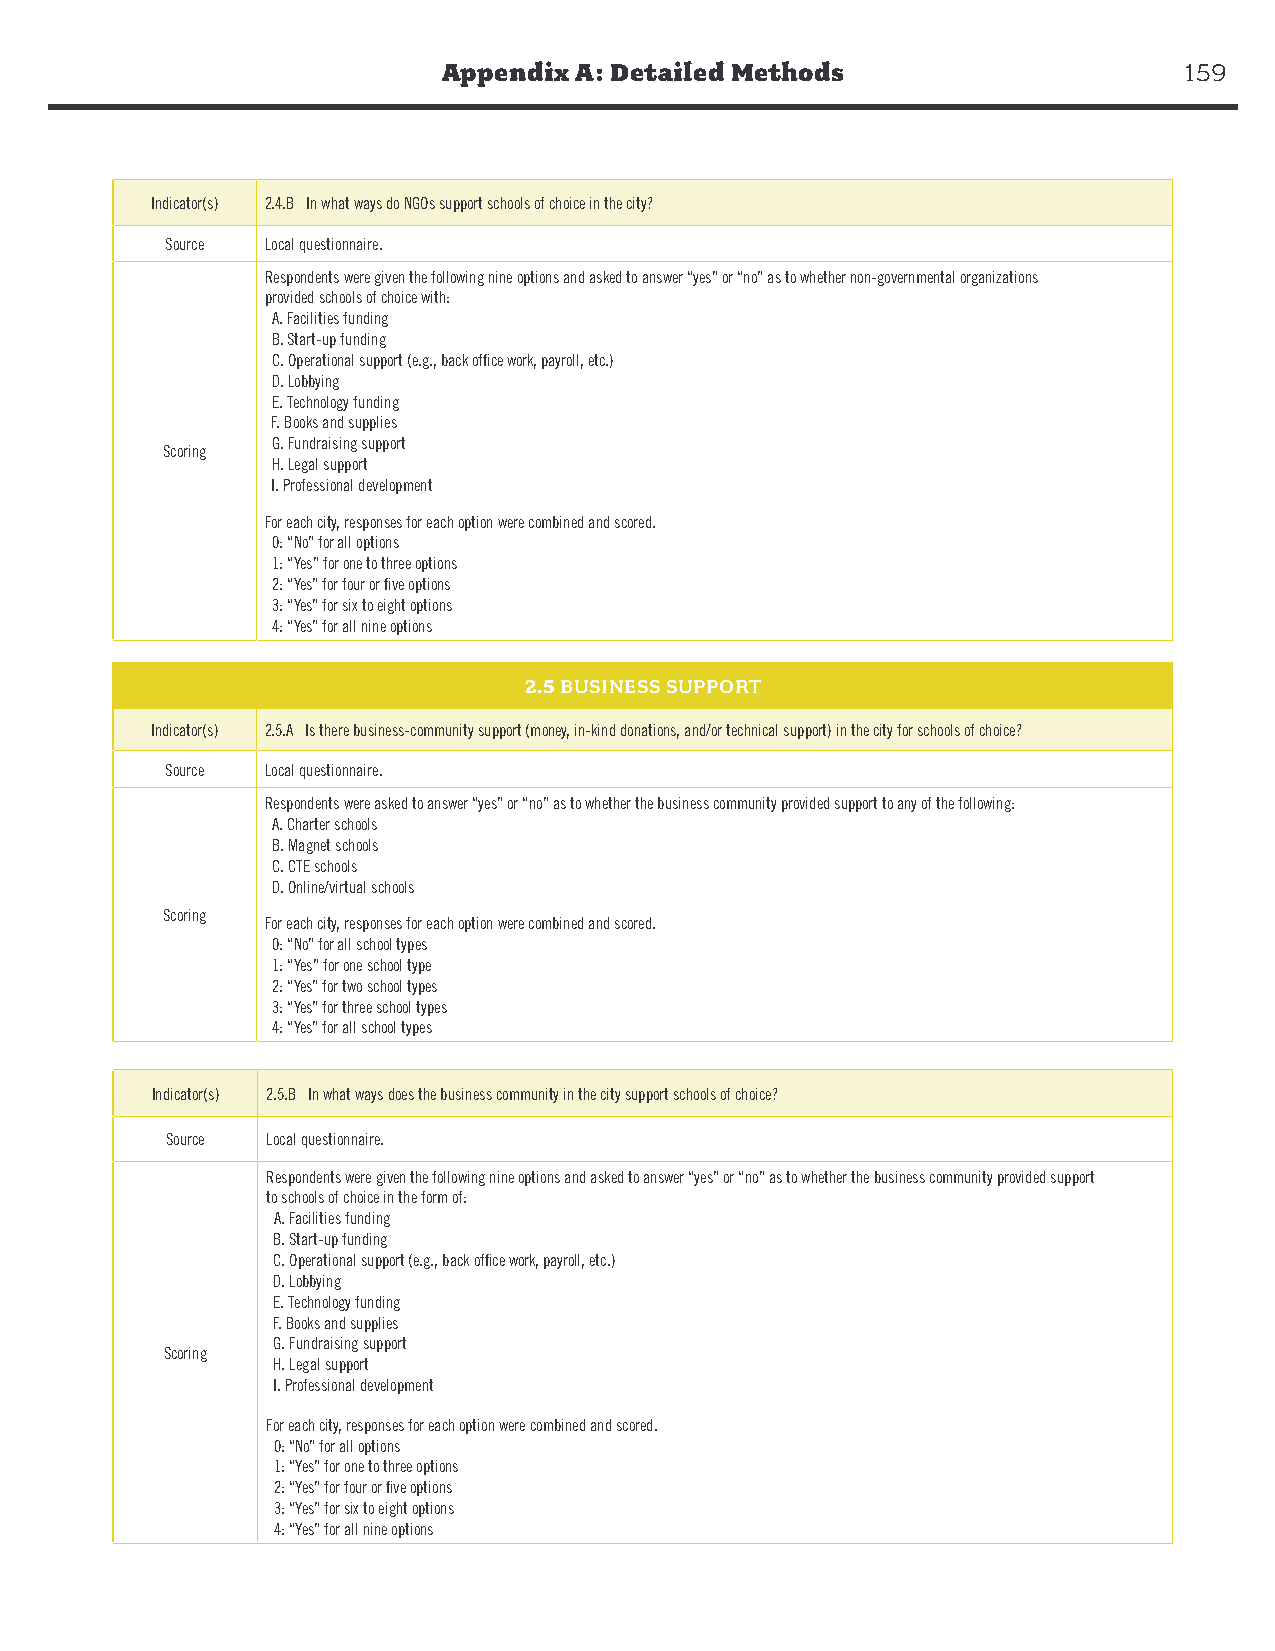
Appendix A: Detailed Methods                     159
 Indicator(s) 2.4.B In what ways do NGOs support schools of choice in the city?
 Source Local questionnaire.
 Respondents were given the following nine options and asked to answer “yes” or “no” as to whether non-governmental organizations
 provided schools of choice with:
 A. Facilities funding
 B. Start-up funding
 C. Operational support (e.g., back office work, payroll, etc.)
 D. Lobbying
 E. Technology funding
 F. Books and supplies
 G. Fundraising support
 Scoring
 H. Legal support
 I. Professional development
 For each city, responses for each option were combined and scored.
 0: “No” for all options
 1: “Yes” for one to three options
 2: “Yes” for four or five options
 3: “Yes” for six to eight options
 4: “Yes” for all nine options
 2.5 BUSINESS SUPPORT
 Indicator(s) 2.5.A Is there business-community support (money, in-kind donations, and/or technical support) in the city for schools of choice?
 Source Local questionnaire.
 Respondents were asked to answer “yes” or “no” as to whether the business community provided support to any of the following:
 A. Charter schools
 B. Magnet schools
 C. CTE schools
 D. Online/virtual schools
 Scoring
 For each city, responses for each option were combined and scored.
 0: “No” for all school types
 1: “Yes” for one school type
 2: “Yes” for two school types
 3: “Yes” for three school types
 4: “Yes” for all school types
 Indicator(s) 2.5.B In what ways does the business community in the city support schools of choice?
 Source Local questionnaire.
 Respondents were given the following nine options and asked to answer “yes” or “no” as to whether the business community provided support
 to schools of choice in the form of:
 A. Facilities funding
 B. Start-up funding
 C. Operational support (e.g., back office work, payroll, etc.)
 D. Lobbying
 E. Technology funding
 F. Books and supplies
 G. Fundraising support
 Scoring
 H. Legal support
 I. Professional development
 For each city, responses for each option were combined and scored.
 0: “No” for all options
 1: “Yes” for one to three options
 2: “Yes” for four or five options
 3: “Yes” for six to eight options
 4: “Yes” for all nine options